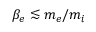
\beta _ { e } \lesssim m _ { e } / m _ { i }